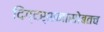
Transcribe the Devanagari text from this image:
दिग्दर्शनासोबतच